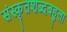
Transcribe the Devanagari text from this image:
संस्कृतशब्दबहुला